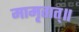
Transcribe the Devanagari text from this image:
मामृतात्॥